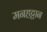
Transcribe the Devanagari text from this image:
मनहट्टान